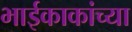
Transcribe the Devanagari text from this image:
भाईकाकांच्या